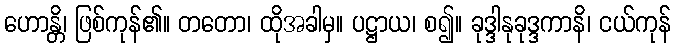
ဟောန္တိ၊ ဖြစ်ကုန်၏။ တတော၊ ထိုအခါမှ။ ပဋ္ဌာယ၊ စ၍။ ခုဒ္ဒါနုခုဒ္ဒကာနိ၊ ငယ်ကုန်